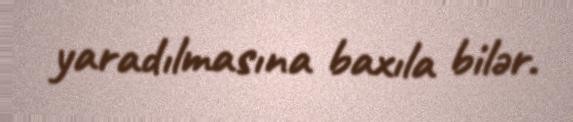
yaradılmasına baxıla bilər.